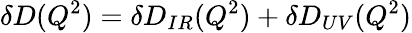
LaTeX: \delta D(Q^{2})=\delta D_{IR}(Q^{2})+\delta D_{UV}(Q^{2})